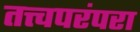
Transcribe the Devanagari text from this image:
तत्त्वपरंपरा